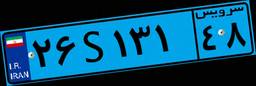
۸۹S۷۷۲۵۲